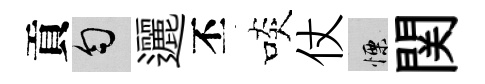
貢匀邐丕啖仗慄関